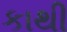
કાથી